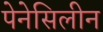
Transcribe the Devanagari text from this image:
पेनेसिलीन